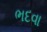
ભદવા